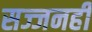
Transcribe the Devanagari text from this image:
सज्जनही